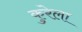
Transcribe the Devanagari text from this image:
कुरेला